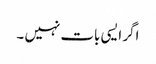
اگر ایسی بات نہیں ۔